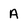
Character: A